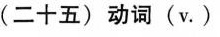
(二十五)动词(v.)